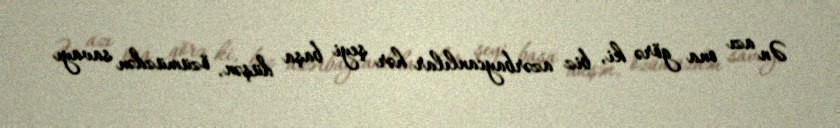
Ən azı ona görə ki, biz azərbaycanlılar hər şeyi başa düşən, özümüzdən savayı